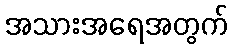
အသားအရေအတွက်